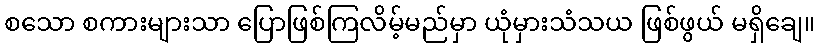
စသော စကားများသာ ပြောဖြစ်ကြလိမ့်မည်မှာ ယုံမှားသံသယ ဖြစ်ဖွယ် မရှိချေ။